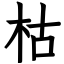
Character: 枯